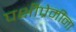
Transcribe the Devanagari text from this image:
पक्षीप्रेमींना